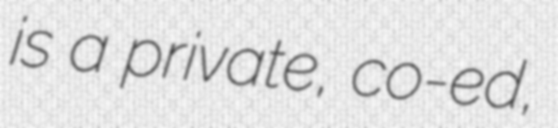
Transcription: is a private, co-ed,